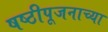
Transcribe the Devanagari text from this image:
षष्ठीपूजनाच्या